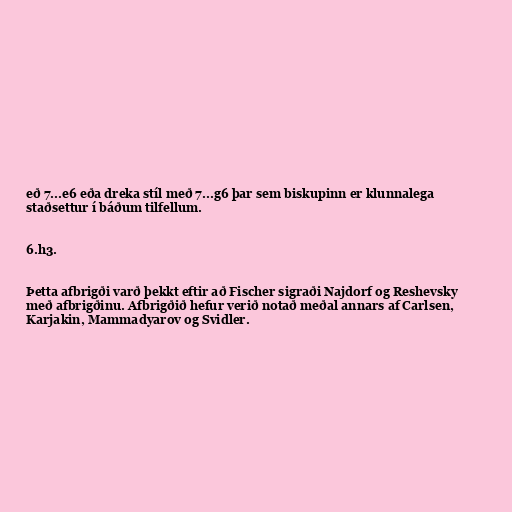
eð 7...e6 eða dreka stíl með 7...g6 þar sem biskupinn er klunnalega
staðsettur í báðum tilfellum.

6.h3.

Þetta afbrigði varð þekkt eftir að Fischer sigraði Najdorf og Reshevsky
með afbrigðinu. Afbrigðið hefur verið notað meðal annars af Carlsen,
Karjakin, Mammadyarov og Svidler.